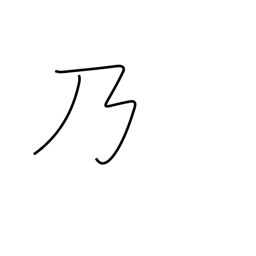
Meaning: possessive particle